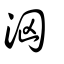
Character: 洶